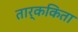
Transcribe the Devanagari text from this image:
तार्ककिता